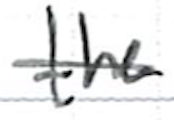
Text: the
Cross-out: single-line
Writing tool: ballpoint